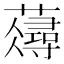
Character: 𧂗